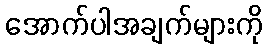
အောက်ပါအချက်များကို